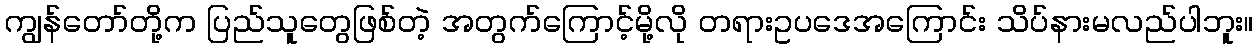
ကျွန်တော်တို့က ပြည်သူတွေဖြစ်တဲ့ အတွက်ကြောင့်မို့လို တရားဥပဒေအကြောင်း သိပ်နားမလည်ပါဘူး။